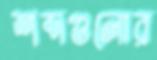
শব্দগুলোর